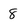
Character: 8